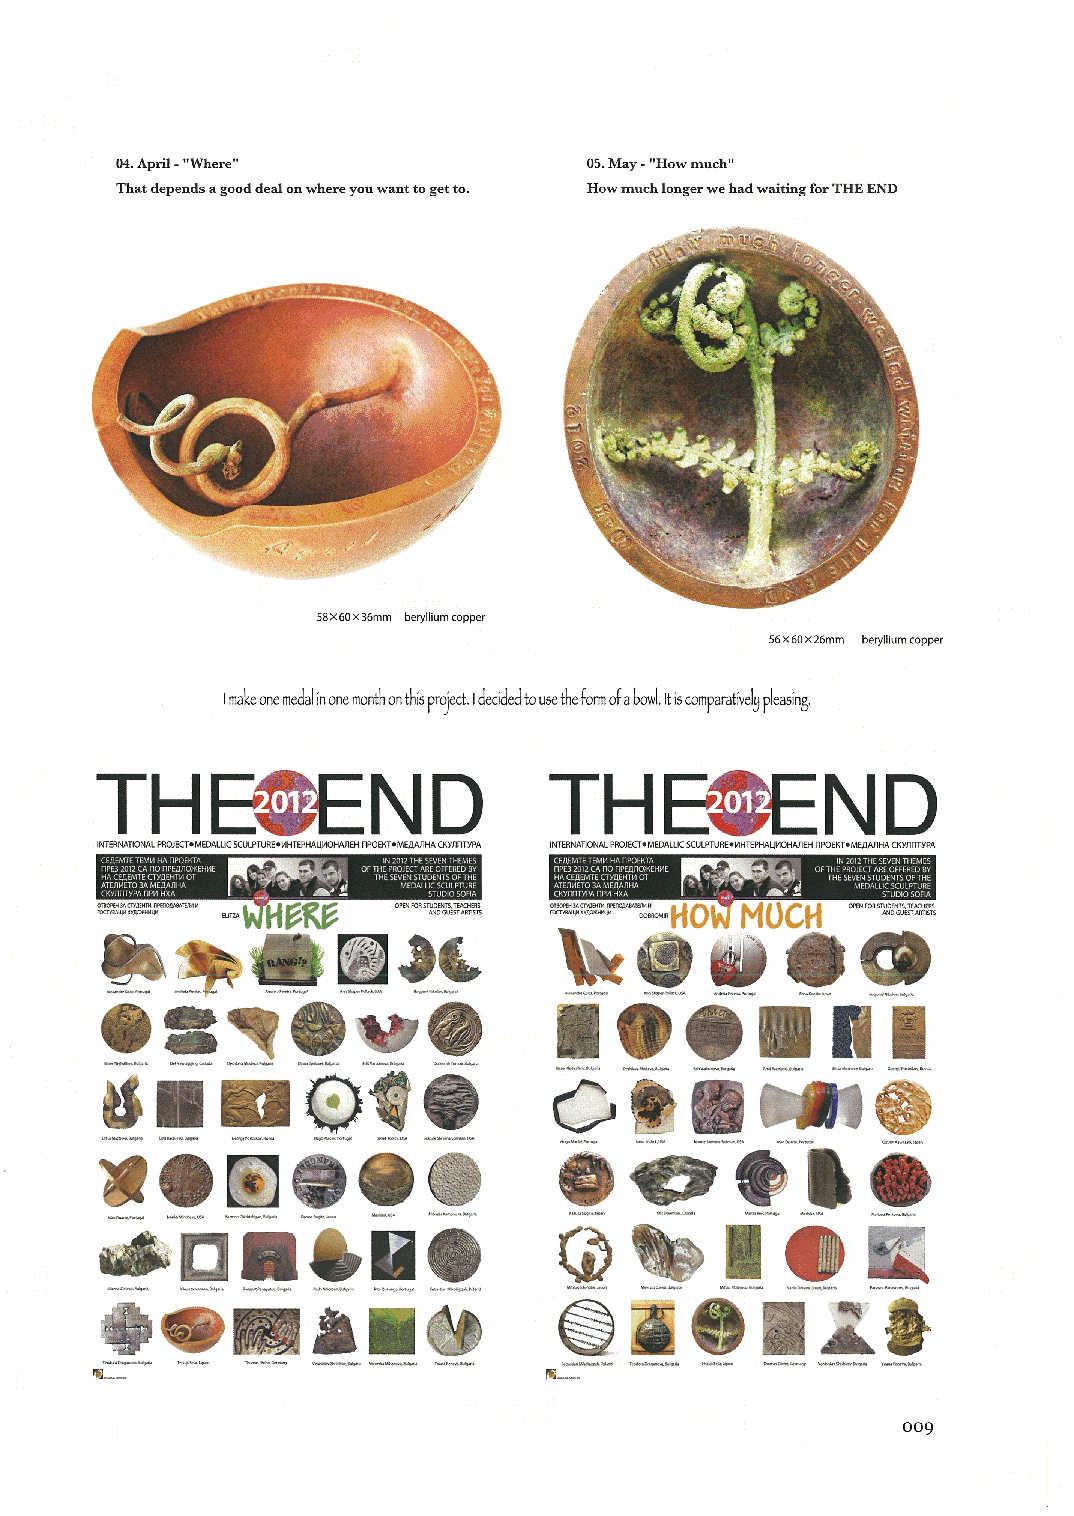
04.h耳工‖ Where‖                 05。May‐情How much情
 That depends a good deal oュ where you wantto getto. How muchionger we had w五 ingfor THE END
 58X60X36mm beryttium copper
 56×60X26mm bery‖tum(Opper
 ImakeOnemed』honemOnthonhttProleCt i』 ∝魃edbutthettmざ abOwl.院comPa前確 し∬Casin3,
 ND
 THttattND                    TH巨
 0圧
 IN「ERNAコONAL,nOIECrettDAと田C SCul,lυ離●ИHにFⅢlAЦИOいいn=Hn,omemfβAЛHACКyn「卜,A
 1 1li!!||||||IIifiillキ |||!!||II 嘲 11:l‖IIIIIIIiiii;iIIl!IIIII
 oo
 eぃ
 勢    争   攣     露単             ゝ
 ●           ●ψ       ②
 ●   ●         配
 =Ч
 E
 い■■          熱駕●             ◇     勉               §
 0機      0●       0       一 ｅ   奪      〇   B   ●一
 ▼
 0        い           一       一
 E●                  ０    齢          0    螺
 め    口            ■
 一                   一
 Ｑ        0■
 買           工と
 尋●      題     島■む
 ぼ
 岡……
 009